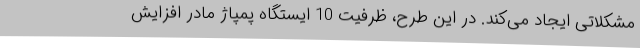
مشکلاتی ایجاد می‌کند. در این طرح، ظرفیت 10 ایستگاه پمپاژ مادر افزایش